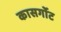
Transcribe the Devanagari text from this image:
कासर्गोट